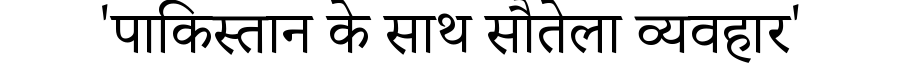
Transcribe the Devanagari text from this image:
'पाकिस्तान के साथ सौतेला व्यवहार'